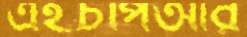
এইচপিআর